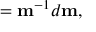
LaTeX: { \bf \alpha } = { \bf m } ^ { - 1 } d { \bf m } ,